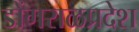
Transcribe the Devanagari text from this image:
डोंगराळप्रदेश